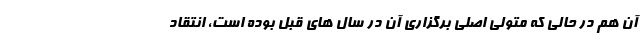
آن هم در حالی که متولی اصلی برگزاری آن در سال های قبل بوده است، انتقاد